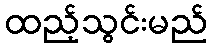
ထည့်သွင်းမည်